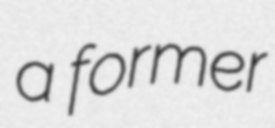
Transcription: a former